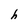
Character: h